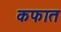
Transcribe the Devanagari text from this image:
कफात